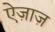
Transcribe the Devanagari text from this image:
ऐज़ाज़